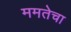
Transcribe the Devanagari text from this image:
ममतेचा